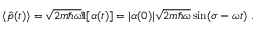
\langle { \hat { p } } ( t ) \rangle = { \sqrt { 2 m \hbar \omega } } \Im [ \alpha ( t ) ] = | \alpha ( 0 ) | { \sqrt { 2 m \hbar \omega } } \sin ( \sigma - \omega t ) ~ .